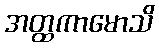
အတ္ထကာမောသိ